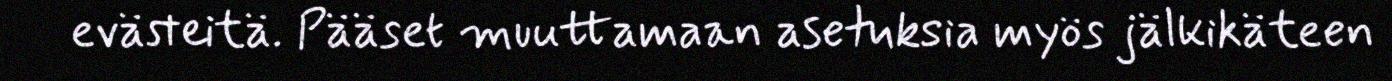
evästeitä. Pääset muuttamaan asetuksia myös jälkikäteen